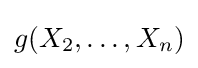
g(X_{2},\ldots ,X_{n})